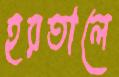
হরতালে